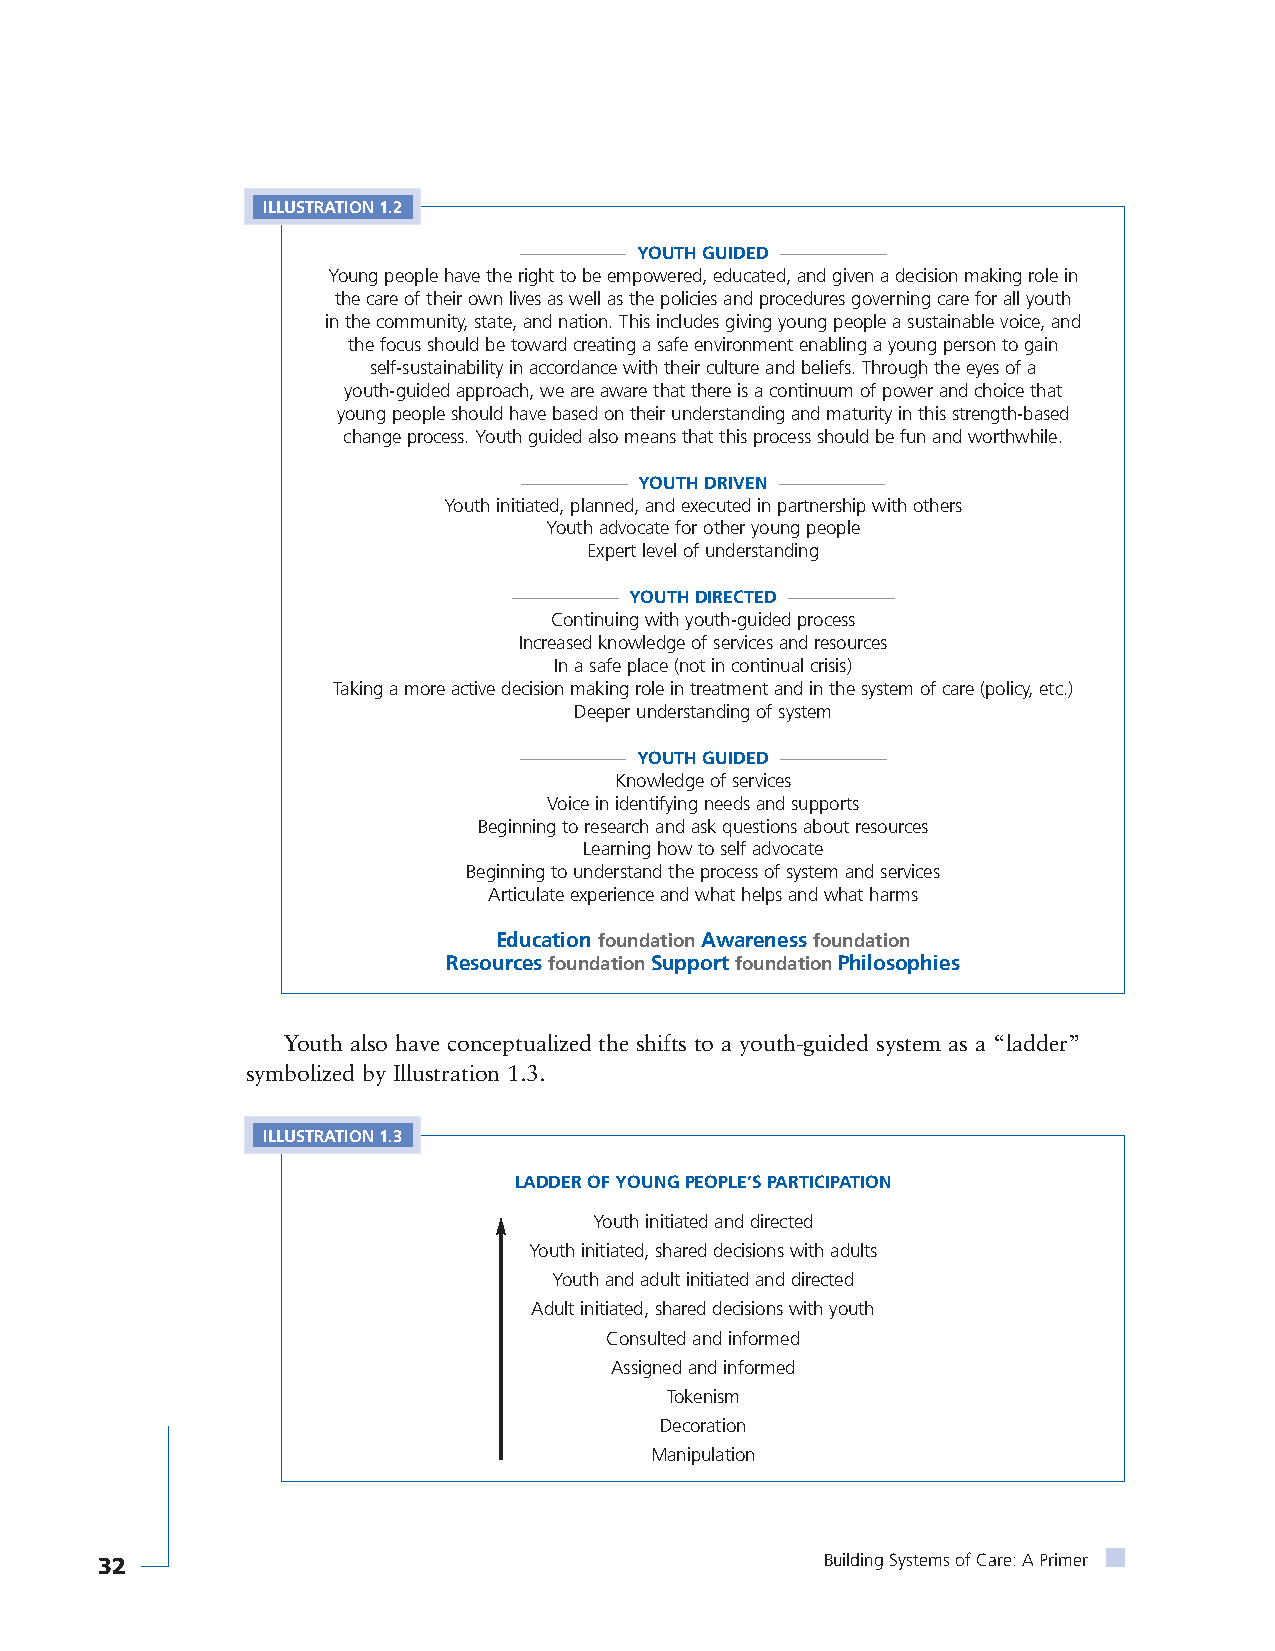
ILLUSTRATION 1.2
 ——————  YOUTH GUIDED ——————
 Young people have the right to be empowered, educated, and given a decision making role in
 the care of their own lives as well as the policies and procedures governing care for all youth
 in the community, state, and nation. This includes giving young people a sustainable voice, and
 the focus should be toward creating a safe environment enabling a young person to gain
 self-sustainability in accordance with their culture and beliefs. Through the eyes of a
 youth-guided approach, we are aware that there is a continuum of power and choice that
 young people should have based on their understanding and maturity in this strength-based
 change process. Youth guided also means that this process should be fun and worthwhile.
 —————— YOUTH DRIVEN ——————
 Youth initiated, planned, and executed in partnership with others
 Youth advocate for other young people
 Expert level of understanding
 ——————  YOUTH DIRECTED ——————
 Continuing with youth-guided process
 Increased knowledge of services and resources
 In a safe place (not in continual crisis)
 Taking a more active decision making role in treatment and in the system of care (policy, etc.)
 Deeper understanding of system
 ——————  YOUTH GUIDED ——————
 Knowledge of services
 Voice in identifying needs and supports
 Beginning to research and ask questions about resources
 Learning how to self advocate
 Beginning to understand the process of system and services
 Articulate experience and what helps and what harms
 EducationfoundationAwarenessfoundation
 ResourcesfoundationSupportfoundationPhilosophies
 Youth also have conceptualized the shifts to a youth-guided system as a “ladder”
 symbolized by Illustration 1.3.
 ILLUSTRATION 1.3
 LADDER OF YOUNG PEOPLE’S PARTICIPATION
 Youth initiated and directed
 Youth initiated, shared decisions with adults
 Youth and adult initiated and directed
 Adult initiated, shared decisions with youth
 Consulted and informed
 Assigned and informed
 Tokenism
 Decoration
 Manipulation
 32                                               Building Systems of Care: A Primer